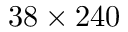
3 8 \times 2 4 0